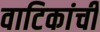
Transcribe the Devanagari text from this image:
वाटिकांची